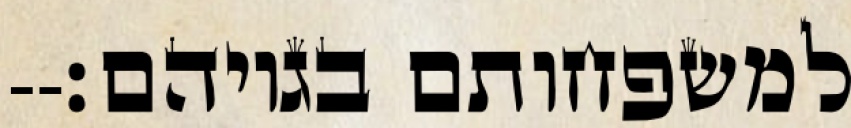
למשפחותם בגויהם׃--